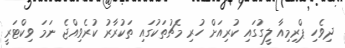
ދިވެހި ޕްރިމިއާ ލީގުގައި ކުރިއަށް ހުރި މެޗުތަކުގައި ތަކުރާރު ކުރެވިއްޖެ ނަމަ ވިކްޓަރީ